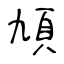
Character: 頄